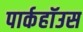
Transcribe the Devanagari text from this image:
पार्कहॉउस